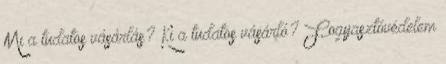
Mi a tudatos vásárlás? Ki a tudatos vásárló? Fogyasztóvédelem